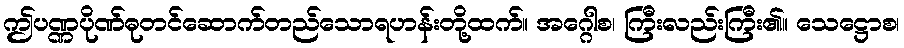
ဤပဏ္ဏပိုဏ်ဓုတင်ဆောက်တည်သောရဟန်းတို့ထက်။ အဂ္ဂေါစ၊ ကြီးလည်းကြီး၏။ သေဋ္ဌောစ၊